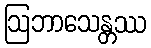
ဩဘာသေန္တဿ